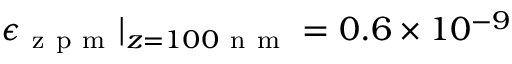
\epsilon _ { \mathrm { ~ z ~ p ~ m ~ } } | _ { z = 1 0 0 \mathrm { ~ n ~ m ~ } } = 0 . 6 \times 1 0 ^ { - 9 }